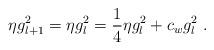
LaTeX: \begin{align*}\eta g_{l+1}^2 = \eta g_l^2 = {1 \over 4} \eta g_l^2 + c_w g_l^2 \;.\end{align*}